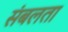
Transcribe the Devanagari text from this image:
संबलता